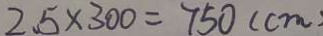
2 . 5 \times 3 0 0 = 7 5 0 ( c m )